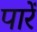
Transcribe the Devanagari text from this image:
पारें